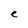
Character: e